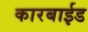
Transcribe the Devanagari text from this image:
कारबाईड